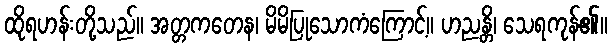
ထိုရဟန်းတို့သည်။ အတ္တကတေန၊ မိမိပြုသောကံကြောင့်။ ဟညန္တိ၊ သေရကုန်၏။